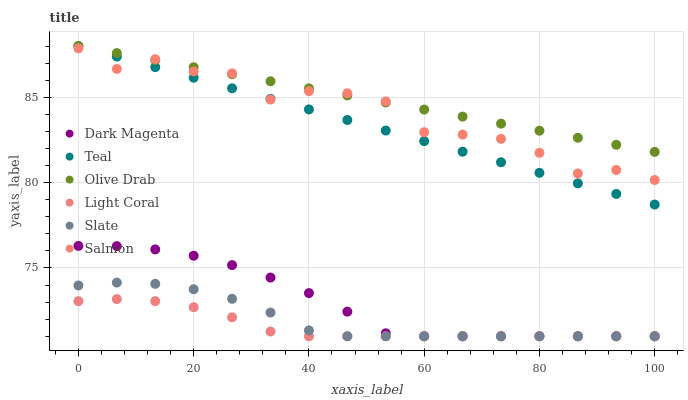
| xaxis_label | Dark Magenta | Teal | Olive Drab | Light Coral | Slate | Salmon |
 | --- | --- | --- | --- | --- | --- | --- |
 | 0 | 76.3 | 88 | 88 | 73.1 | 74 | 87.9 |
 | 6.67 | 76.3 | 87.4 | 87.6 | 73.2 | 74.1 | 86.7 |
 | 13.3 | 76.1 | 86.8 | 87.2 | 73.1 | 74.1 | 87.2 |
 | 20 | 75.7 | 86.1 | 86.8 | 72.7 | 73.8 | 86.5 |
 | 26.7 | 75.2 | 85.5 | 86.3 | 72.1 | 73.2 | 86.4 |
 | 33.3 | 74.4 | 84.9 | 85.9 | 71.3 | 72.4 | 84.9 |
 | 40 | 73.5 | 84.3 | 85.5 | 71 | 71.3 | 85.4 |
 | 46.7 | 72.4 | 83.7 | 85.1 | 71 | 71 | 85.2 |
 | 53.3 | 71.2 | 83 | 84.7 | 71 | 71 | 84.8 |
 | 60 | 71 | 82.4 | 84.3 | 71 | 71 | 83 |
 | 66.7 | 71 | 81.8 | 83.9 | 71 | 71 | 82.8 |
 | 73.3 | 71 | 81.2 | 83.5 | 71 | 71 | 82.6 |
 | 80 | 71 | 80.6 | 83 | 71 | 71 | 81.7 |
 | 86.7 | 71 | 80 | 82.6 | 71 | 71 | 80.5 |
 | 93.3 | 71 | 79.3 | 82.2 | 71 | 71 | 80.7 |
 | 100 | 71 | 78.7 | 81.8 | 71 | 71 | 80.2 |